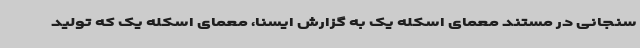
سنجانی در مستند معمای اسکله یک به گزارش ایسنا، معمای اسکله یک که تولید